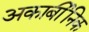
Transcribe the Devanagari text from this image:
अकार्बीनिक